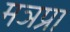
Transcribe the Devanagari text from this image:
मञप्रा